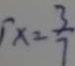
x = \frac { 3 } { 7 }